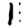
Digit: 1